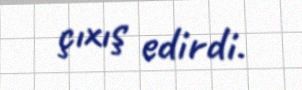
çıxış edirdi.